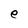
Character: e